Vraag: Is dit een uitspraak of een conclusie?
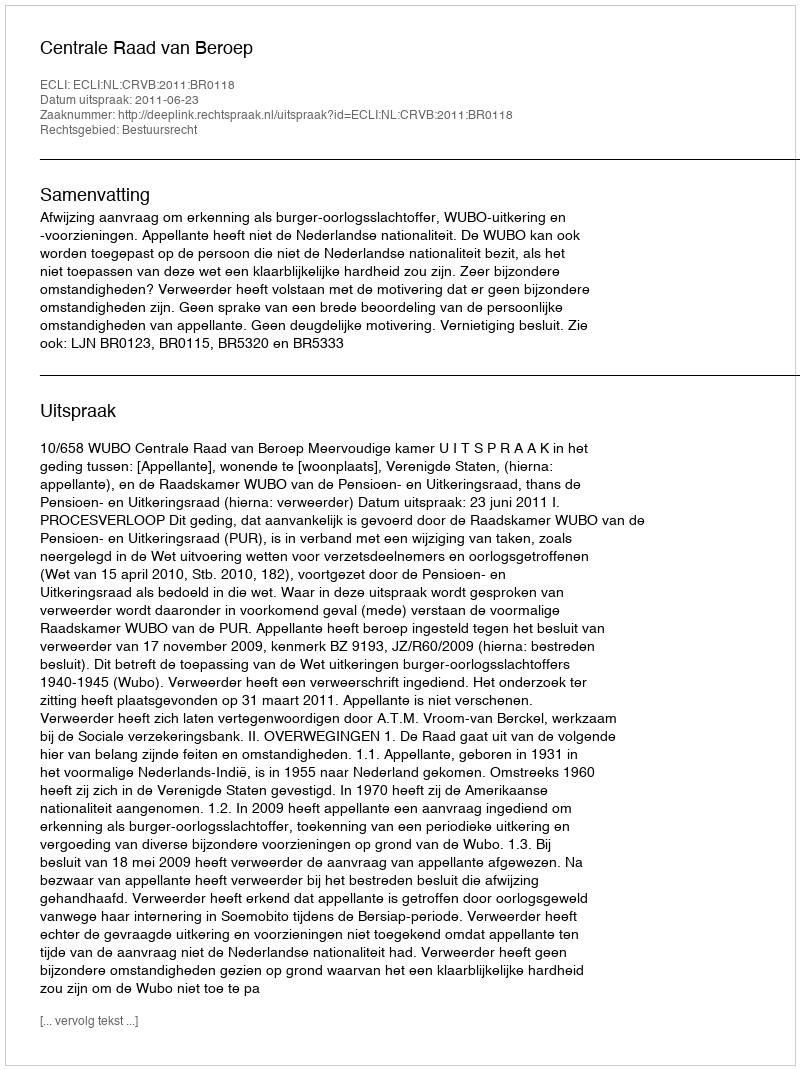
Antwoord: Uitspraak